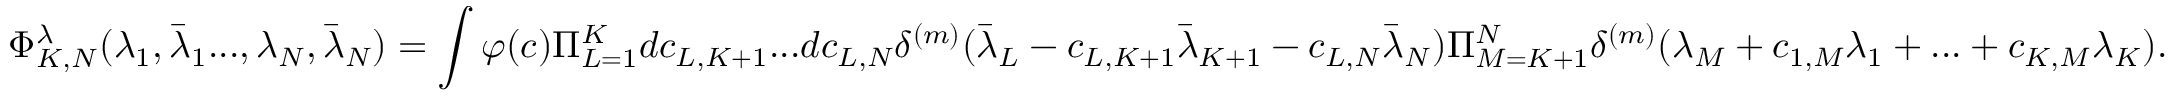
\Phi _ { K , N } ^ { \lambda } ( \lambda _ { 1 } , \bar { \lambda } _ { 1 } . . . , \lambda _ { N } , \bar { \lambda } _ { N } ) = \int \varphi ( c ) \Pi _ { L = 1 } ^ { K } d c _ { L , K + 1 } . . . d c _ { L , N } \delta ^ { ( m ) } ( \bar { \lambda } _ { L } - c _ { L , K + 1 } \bar { \lambda } _ { K + 1 } - c _ { L , N } \bar { \lambda } _ { N } ) \Pi _ { M = K + 1 } ^ { N } \delta ^ { ( m ) } ( \lambda _ { M } + c _ { 1 , M } \lambda _ { 1 } + . . . + c _ { K , M } \lambda _ { K } ) .